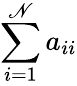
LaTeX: \sum\limits_{i=1}^{\mathscr{N}}a_{ii}